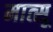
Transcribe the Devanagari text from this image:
मात्सू